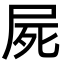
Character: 屍